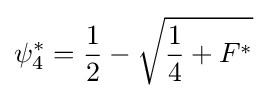
\psi _{4}^{*}={\frac {1}{2}}-{\sqrt {{\frac {1}{4}}+F^{*}}}